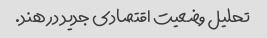
تحلیل وضعیت اقتصادی جدید در هند.